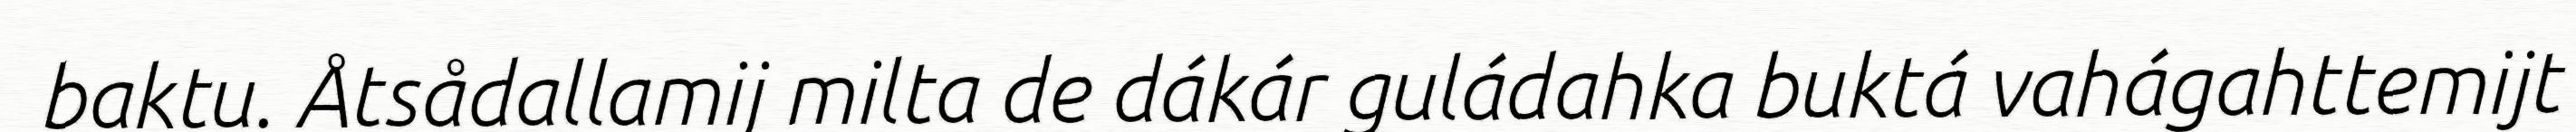
baktu. Åtsådallamij milta de dákár guládahka buktá vahágahttemijt